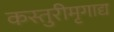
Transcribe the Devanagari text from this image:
कस्तुरीमृगाद्य